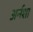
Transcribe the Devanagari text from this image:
अर्नशा